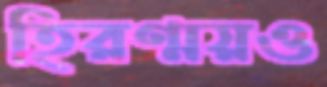
হিরণ্ময়ও